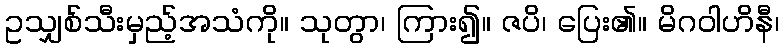
ဥသျှစ်သီးမှည့်အသံကို။ သုတွာ၊ ကြား၍။ ဇပိ၊ ပြေး၏။ မိဂဝါဟိနီ၊